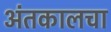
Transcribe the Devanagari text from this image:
अंतकालचा